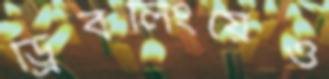
ড্রিবলিংয়েও